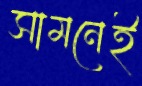
সামনেই